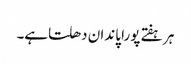
ہر ہفتے پورا پاندان دھلتاہے۔